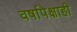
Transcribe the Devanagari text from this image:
वर्षापेक्षाही